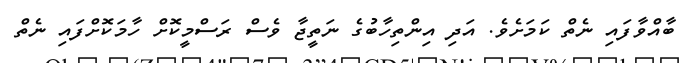
ބާއްވާފައި ނެތް ކަމަށެވެ. އަދި އިންތިހާބުގެ ނަތީޖާ ވެސް ރަސްމީކޮށް ހާމަކޮށްފައި ނެތް